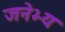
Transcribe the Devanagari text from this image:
जनेभ्यः